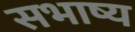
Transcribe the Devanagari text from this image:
सभाष्य